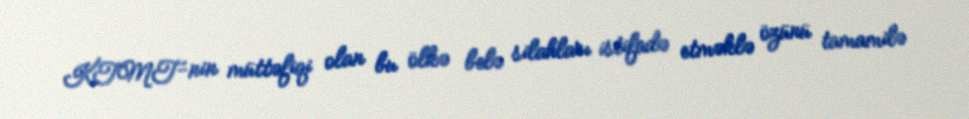
KTMT-nin müttəfiqi olan bu ölkə belə silahları istifadə etməklə özünü tamamilə